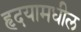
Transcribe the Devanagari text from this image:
हृदयामधील